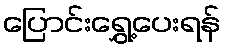
ပြောင်းရွှေ့ပေးရန်